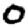
Digit: 0